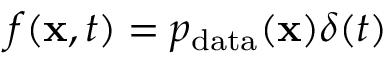
f ( \mathbf { x } , t ) = p _ { \mathrm { d a t a } } ( \mathbf { x } ) \delta ( t )